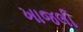
ખાજલી